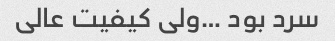
سرد بود …ولی کیفیت عالی